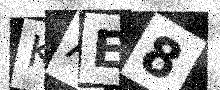
Text: KAE8